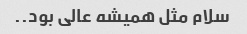
سلام مثل همیشه عالی بود..